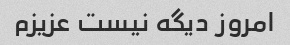
امروز دیگه نیست عزیزم